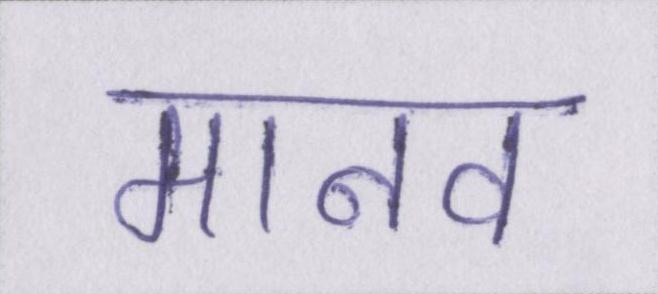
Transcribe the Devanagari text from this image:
मानव